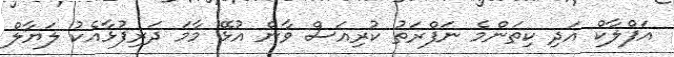
އަފްލާކް އަދި ކިތަންމެ ނަފްރަތު ކުރިއަސް ވާން އުޅޭ މާމަ ދަރިފުޅާއެކު ލަޔާލް